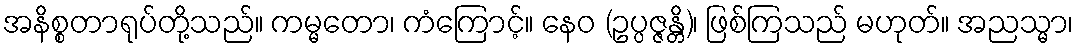
အနိစ္စတာရုပ်တို့သည်။ ကမ္မတော၊ ကံကြောင့်။ နေဝ (ဥပ္ပဇ္ဇန္တိ)၊ ဖြစ်ကြသည် မဟုတ်။ အညသ္မာ၊